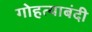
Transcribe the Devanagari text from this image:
गोहत्याबंदी